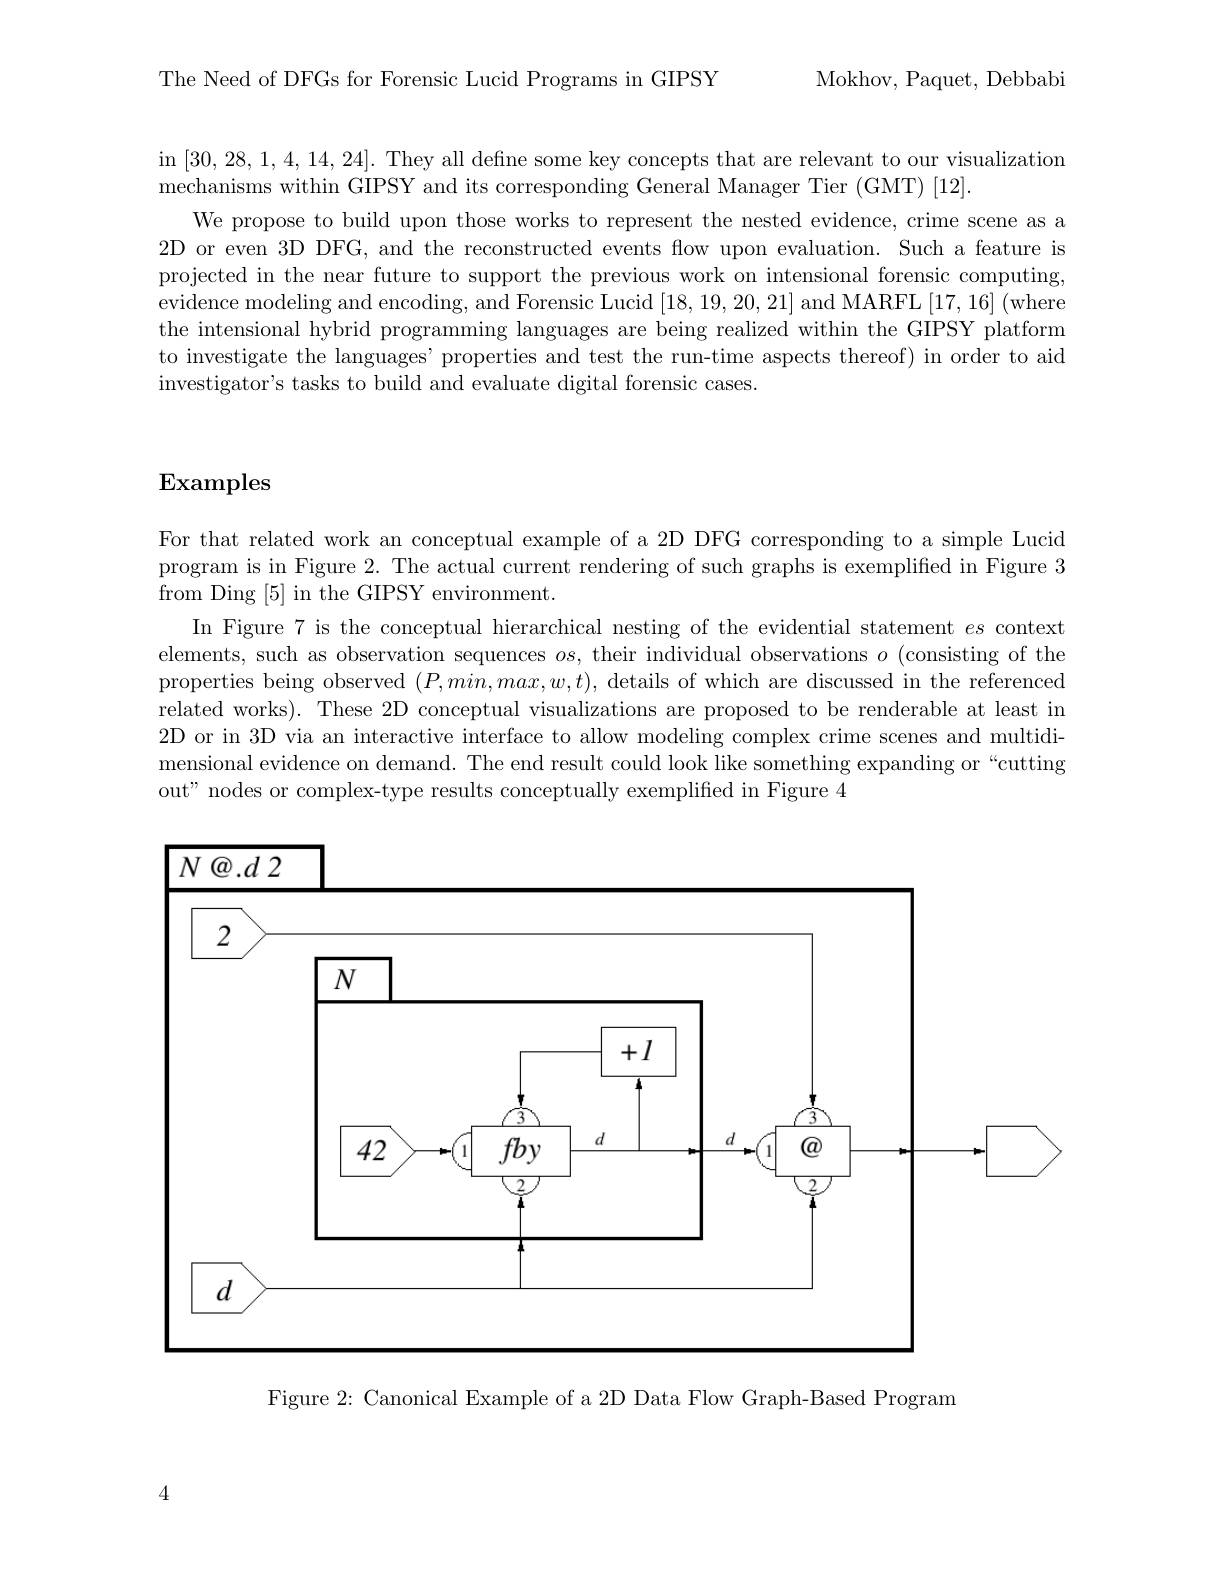
Mokhov, Paquet, Debbabi

The Need of DFGs for Forensic Lucid Programs in GIPSY

in [30,28,1,4,14,24]. They all define some key concepts that are relevant to our visualization
mechanisms within GIPSY and its corresponding General Manager Tier (GMT) [12].
We propose to build upon those works to represent the nested evidence, crime scene as a 2D or even 3D DFG, and the reconstructed events flow upon evaluation. Such a feature is projected in the near future to support the previous work on intensional forensic computing, evidence modeling and encoding, and Forensic Lucid [18,19,20,21] and MARFL [17,16] (where the intensional hybrid programming languages are being realized within the GIPSY platform to investigate the languages' properties and test the run-time aspects thereof) in order to aid investigator's tasks to build and evaluate digital forensic cases.

## Examples

For that related work an conceptual example of a 2D DFG corresponding to a simple Lucid program is in Figure 2. The actual current rendering of such graphs is exemplified in Figure 3 from Ding [5] in the GIPSY environment.
In Figure 7 is the conceptual hierarchical nesting of the evidential statement $es$ context elements, such as observation sequences $os$, their individual observations $o$ (consisting of the properties being observed $(P,min,max,w,t)$, details of which are discussed in the referenced related works). These 2D conceptual visualizations are proposed to be renderable at least in 2D or in 3D via an interactive interface to allow modeling complex crime scenes and multidimensional evidence on demand. The end result could look like something expanding or “cutting out" nodes or complex-type results conceptually exemplified in Figure 4

<FigureHere>

Figure 2: Canonical Example of a 2D Data Flow Graph-Based Program

4